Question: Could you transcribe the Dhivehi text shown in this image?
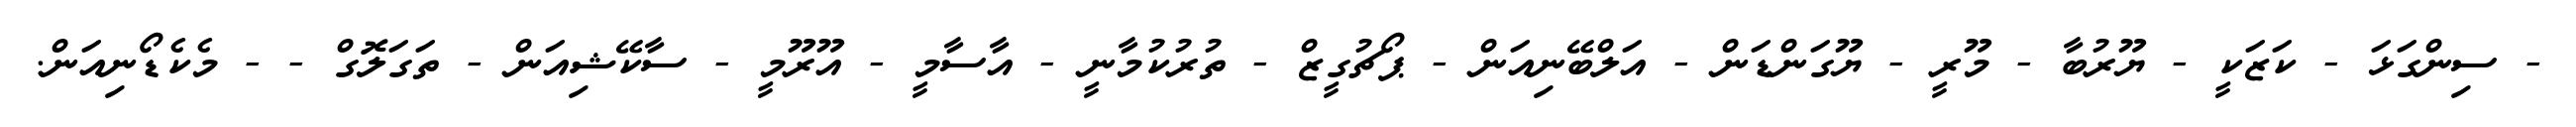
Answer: - ސިންގަޅަ - ކަޒަކީ - ޔޫރުބާ - މޫރީ - ޔޫގަންޑަން - އަލްބޭނިއަން - ޕޯޗުގީޒް - ތުރުކުމާނީ - އާސާމީ - އޫރޫމީ - ސާކޭޝިއަން - ތަގަލޮގް - - މެކެޑޯނިއަން.